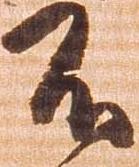
不